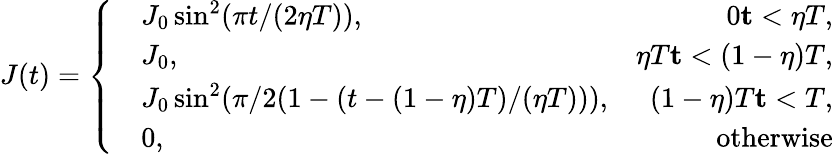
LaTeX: J(t)=\left\{ \begin{array}{rlr}&{J_{0}\sin^{2}(\pi t/(2\eta T)),}&{0\le t<\eta T,}\\ &{J_{0},}&{\eta T\le t<(1-\eta)T,}\\ &{J_{0}\sin^{2}(\pi/2(1-(t-(1-\eta)T)/(\eta T))),}&{(1-\eta)T\le t<T,}\\ &{0,}&{\mathrm{otherwise}}\end{array}\right.